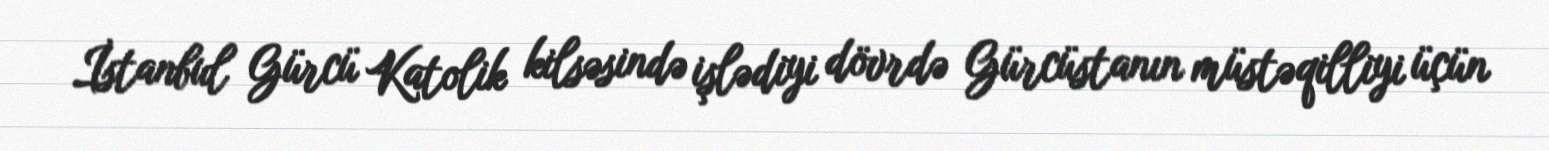
İstanbul Gürcü Katolik kilsəsində işlədiyi dövrdə Gürcüstanın müstəqilliyi üçün